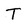
Character: T